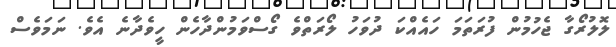
ލޮލުރޯގާ ޖެހުމުން ފުރަތަމަ ހައެއްކަ ދުވަހު ލޯރަތްވެ ގޯސްވަމުންދާހެން ހީވެދާނެ އެވެ. ނަމަވެސް